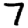
Digit: 7